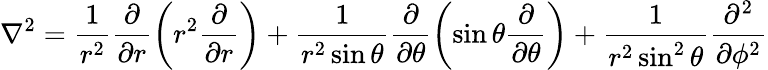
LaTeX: \nabla^{2}=\frac{1}{r^{2}}\frac{\partial}{\partial r}\left(r^{2}\frac{\partial}{\partial r}\right)+\frac{1}{r^{2}\sin{\theta}}\frac{\partial}{\partial\theta}\left(\sin{\theta}\frac{\partial}{\partial\theta}\right)+\frac{1}{r^{2}\sin^{2}{\theta}}\frac{\partial^{2}}{\partial\phi^{2}}